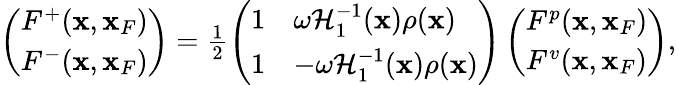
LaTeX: \begin{array}{r}{\left(\begin{array}{l}{F^{+}({\mathbf x},{\mathbf x}_{F})}\\ {F^{-}({\mathbf x},{\mathbf x}_{F})}\end{array}\right)=\frac{1}{2}\left(\begin{array}{ll}{1}&{\omega{\cal H}_{1}^{-1}({\mathbf x})\rho({\mathbf x})}\\ {1}&{-\omega{\cal H}_{1}^{-1}({\mathbf x})\rho({\mathbf x})}\end{array}\right)\left(\begin{array}{l}{F^{p}({\mathbf x},{\mathbf x}_{F})}\\ {F^{v}({\mathbf x},{\mathbf x}_{F})}\end{array}\right),}\end{array}